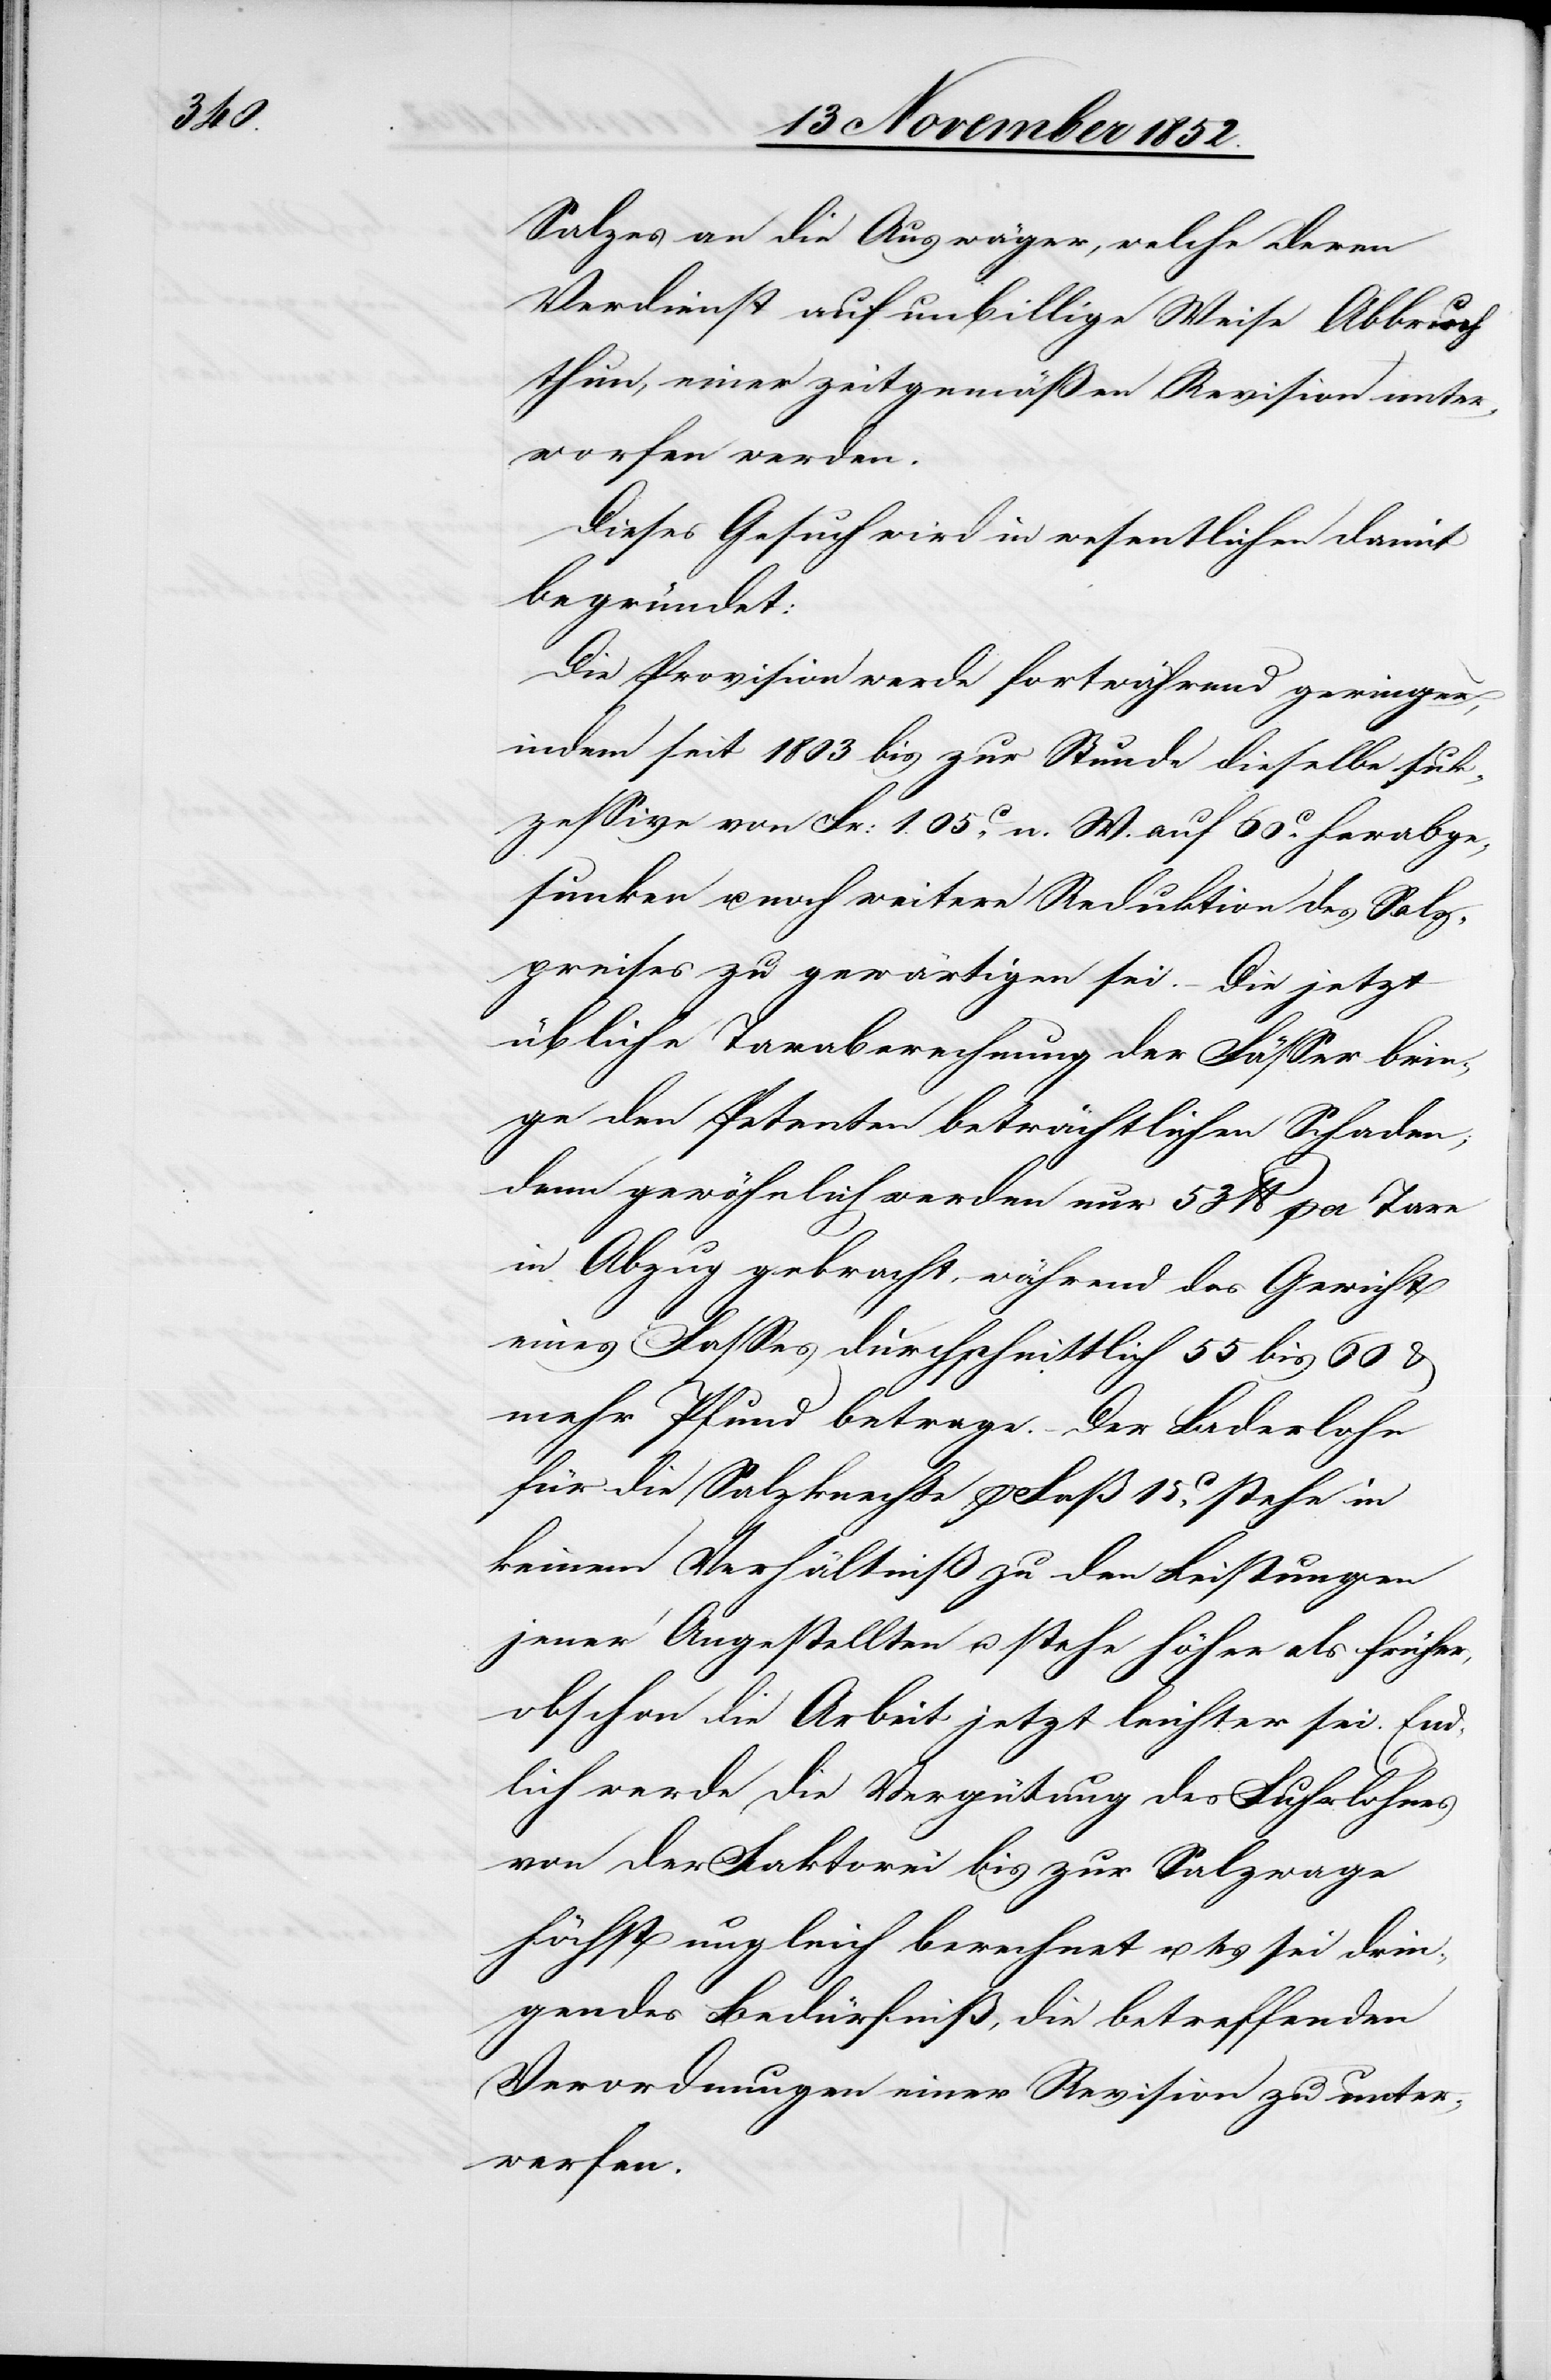
Salzes an die Auswäger, welche deren
Verdienst auf unbillige Weise Abbruch
thun, einer zeitgemäßen Revision unter¬
worfen werden.
Dieses Gesuch wird in [sic!] wesentlichen damit
begründet:
Die Provision werde fortwährend geringer,
indem seit 1803 bis zur Stunde dieselbe suk¬
zessive von Fr: 1. 05C. n. W. auf 60C. herabge¬
sunken u. noch weitere Reduktion des Salz¬
preises zu gewärtigen sei. – Die jetzt
übliche Taraberechnung der Fässer brin¬
ge den Petenten beträchtlichen Schaden;
denn gewöhnlich werden nur 53 lb. per Tare
in Abzug gebracht, während das Gewicht
eines Fasses durchschnittlich 55 bis 60 &
mehr Pfund betrage. – Der Laderlohn
für die Salzknechte p Faß 15C. stehe in
keinem Verhältniß zu den Leistungen
jener Angestellten u. stehe höher als früher,
obschon die Arbeit jetzt leichter sei. End¬
lich werde die Vergütung des Fuhrlohnes
von der Faktorei bis zur Salzwage
höchst ungleich berechnet u. es sei drin¬
gendes Bedürfniß, die betreffenden
Verordnungen einer Revision zu unter¬
werfen.